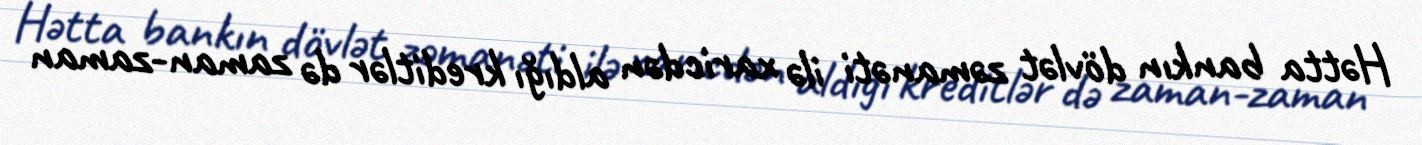
Hətta bankın dövlət zəmanəti ilə xaricdən aldığı kreditlər də zaman-zaman